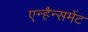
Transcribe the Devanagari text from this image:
एन्हैन्समेंट